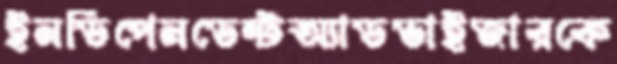
ইনডিপেনডেন্টঅ্যাডভাইজারকে